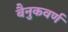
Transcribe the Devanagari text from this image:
बैनुकवर्ण